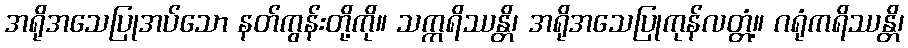
အရိုအသေပြုအပ်သော နတ်ကွန်းတို့ကို။ သက္ကရိဿန္တိ၊ အရိုအသေပြုကုန်လတ္တံ့။ ဂရုံကရိဿန္တိ၊